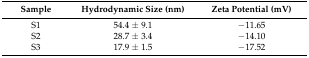
<table><thead><tr><td><b>Sample</b></td><td><b>Hydrodynamic Size (nm)</b></td><td><b>Zeta Potential (mV)</b></td></tr></thead><tbody><tr><td>S1</td><td>54.4 ± 9.1</td><td>−11.65</td></tr><tr><td>S2</td><td>28.7 ± 3.4</td><td>−14.10</td></tr><tr><td>S3</td><td>17.9 ± 1.5</td><td>−17.52</td></tr></tbody></table>